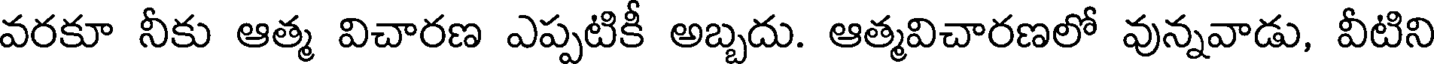
వరకూ నీకు ఆత్మ విచారణ ఎప్పటికీ అబ్బదు. ఆత్మవిచారణలో వున్నవాడు, వీటిని